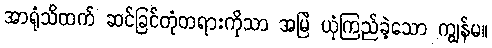
အာရုံသိထက် ဆင်ခြင်တုံတရားကိုသာ အမြဲ ယုံကြည်ခဲ့သော ကျွန်မ။